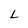
Character: L